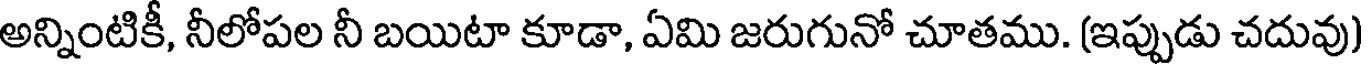
అన్నింటికీ, నీలోపల నీ బయిటా కూడా, ఏమి జరుగునో చూతము. (ఇప్పుడు చదువు)